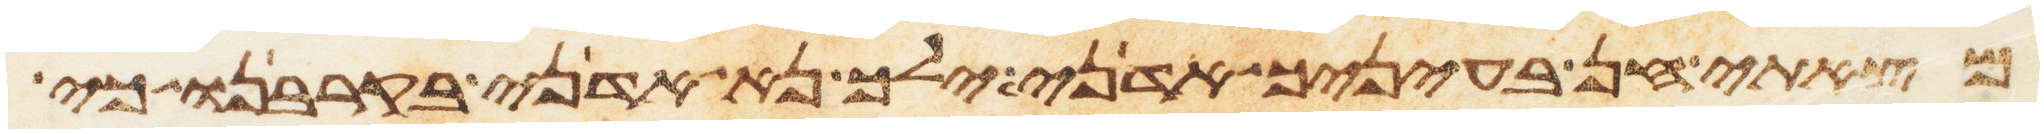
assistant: מצאתי חן בעיניך אדני ילך נא אדני בקרבנו כי